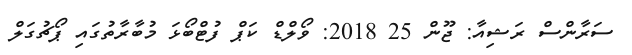
ސަރާންސް ރަޝިއާ: ޖޫން 25 2018: ވޯލްޑް ކަޕް ފުޓްބޯޅަ މުބާރާތުގައި ޕޯޗުގަލް